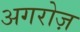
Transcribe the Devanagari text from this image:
अगरोज़